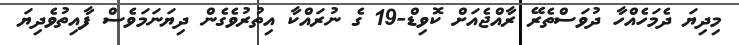
މިދިޔަ ދެމަހެއްހާ ދުވަސްތެރޭ ރާއްޖެއަށް ކޮވިޑް-19 ގެ ނުރައްކާ އިތުރުވެގެން ދިޔަނަމަވެސް ފާއިތުވެދިޔަ